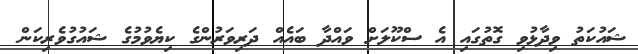
ޝައުކަތު ވިދާޅުވި ގޮތުގައި އެ ސްކޫލަށް ވައްދާ ބައެއް ދަރިވަރުންގެ ކިޔެވުމުގެ ޝައުގުވެރިކަން